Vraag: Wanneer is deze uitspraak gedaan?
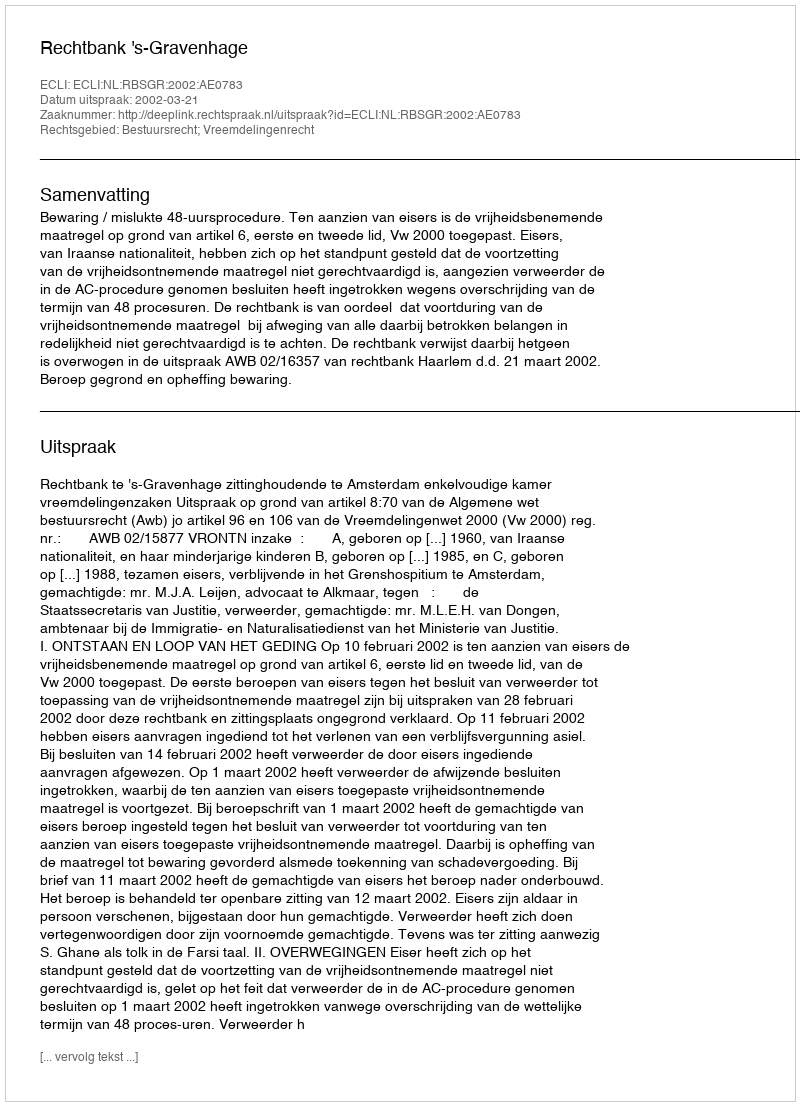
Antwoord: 2002-03-21